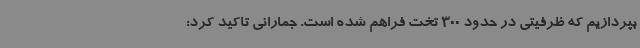
بپردازیم که ظرفیتی در حدود 300 تخت فراهم شده است. جمارانی تاکید کرد: